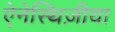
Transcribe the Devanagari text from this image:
ऐनेस्थिज़ीया